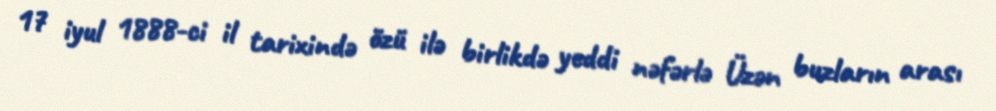
17 iyul 1888-ci il tarixində özü ilə birlikdə yeddi nəfərlə Üzən buzların arası